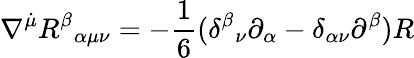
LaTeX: \nabla^{\dot{\mu}}R^{\beta}{}_{\alpha\mu\nu}=-\frac{1}{6}(\delta^{\beta}{}_{\nu}\partial_{\alpha}-\delta_{\alpha\nu}\partial^{\beta})R